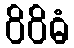
ဝိဝိဓံ